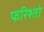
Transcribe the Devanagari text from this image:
फरिश्तो